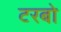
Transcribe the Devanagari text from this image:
टरबो